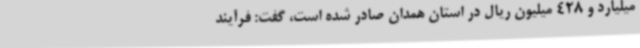
میلیارد و 428 میلیون ریال در استان همدان صادر شده است، گفت: فرآیند